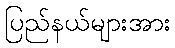
ပြည်နယ်များအား